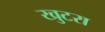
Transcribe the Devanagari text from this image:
खुटरा